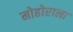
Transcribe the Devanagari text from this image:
मोहोराला